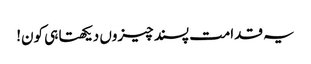
یہ قدامت پسند چیزوں دیکھتا ہی کون!